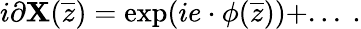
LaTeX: i\partial\mathbf{X}({\overline{{{z}}}})=\exp(ie\cdot\phi({\overline{{{z}}}}))+...~.